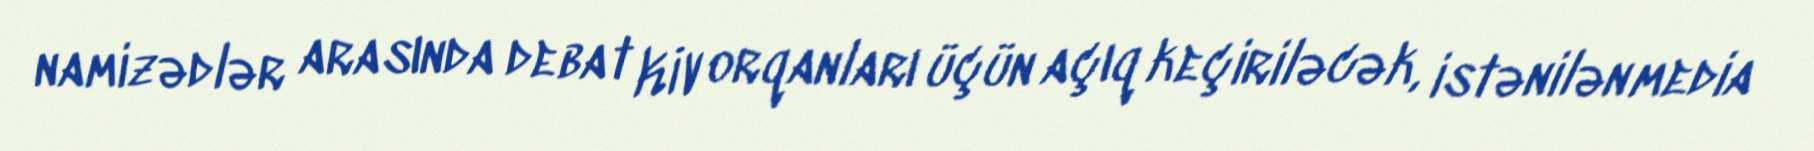
namizədlər arasında debat KİV orqanları üçün açıq keçiriləcək, istənilən media